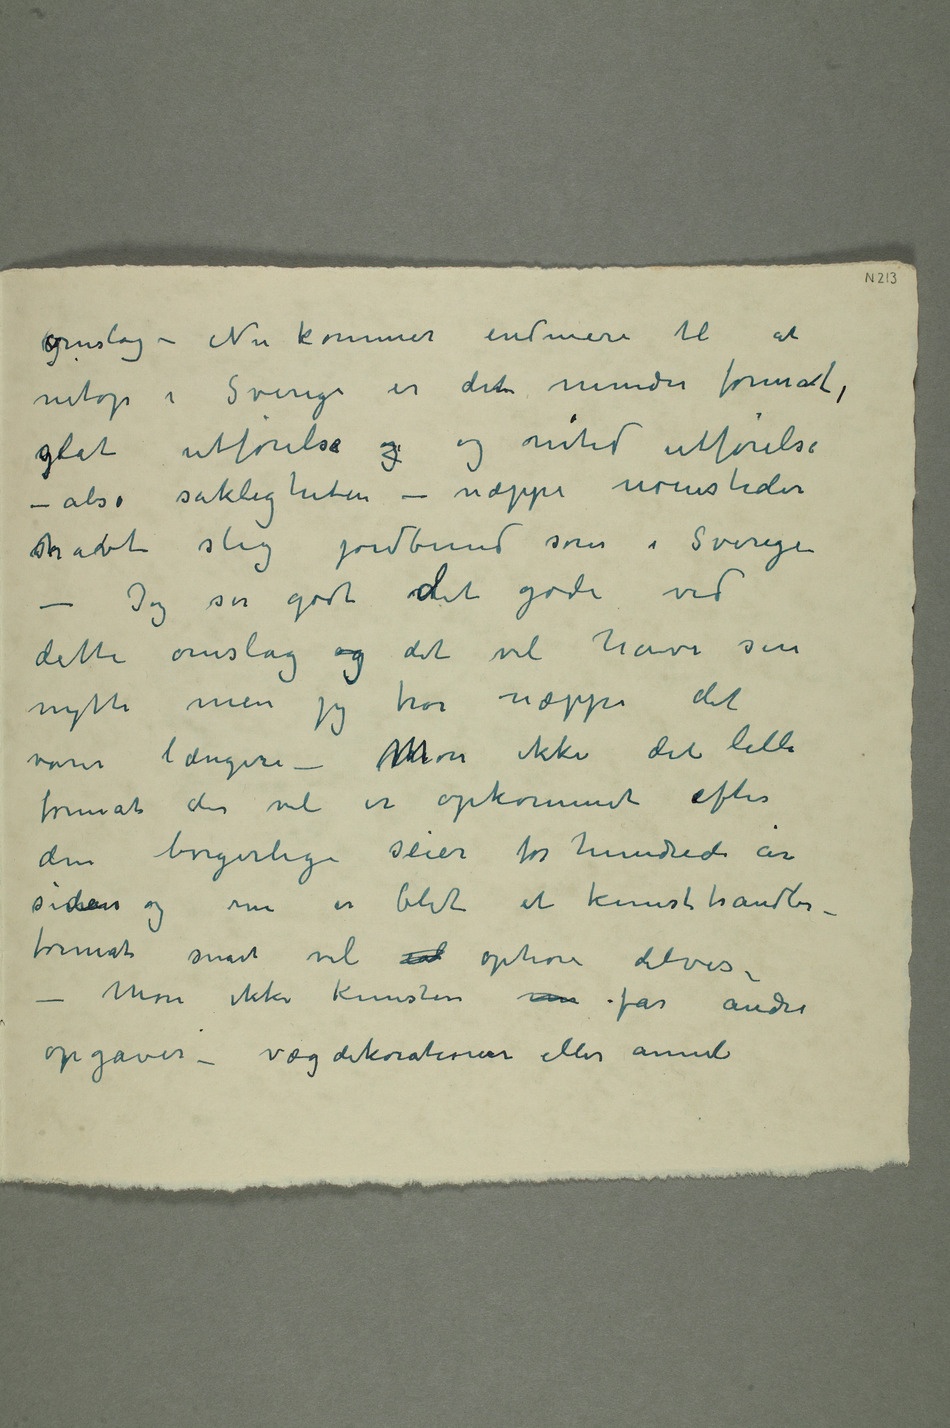
omslag – Nu kommer endmere til at
netop i Sverige er det mindre format,
glat utførelse og og nitid utførelse –
alså sakligheten – næppe noensteder
shavt slig jordbund som i Sverige
– Jeg ser godt det gode ved
dette omslag og det vil have sin
nytte men jeg tror næppe det
varer længere – mMon ikke det lille
format der vel er opkommet efter
den borgelige seier for hundrede år
siden og nu er blit et kunsthandler-
format snart vil ud ophøre delvis –
– Mon ikke kunsten m får andre
opgaver – vægdekorationer eller annet